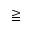
\geqq